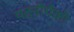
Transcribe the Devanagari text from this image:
पत्‍नींपैकी